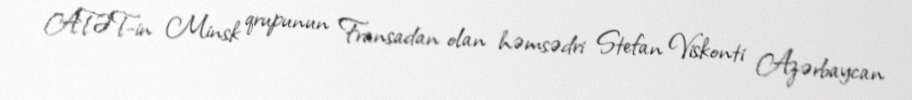
ATƏT-in Minsk qrupunun Fransadan olan həmsədri Stefan Viskonti Azərbaycan